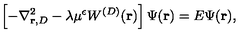
\left[ - \nabla _ { { \bf r } , { D } } ^ { 2 } - \lambda \mu ^ { \epsilon } W ^ { ( { D } ) } ( { \bf r } ) \right] \Psi ( { \bf r } ) = E \Psi ( { \bf r } ) ,